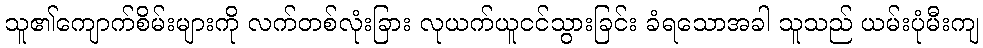
သူ၏ကျောက်စိမ်းများကို လက်တစ်လုံးခြား လုယက်ယူငင်သွားခြင်း ခံရသောအခါ သူသည် ယမ်းပုံမီးကျ